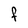
Character: F